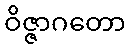
ဝိဇ္ဇာဂတော